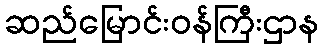
ဆည်မြောင်းဝန်ကြီးဌာန